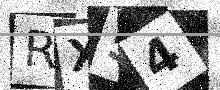
Text: RX54